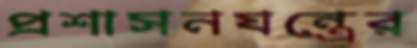
প্রশাসনযন্ত্রের